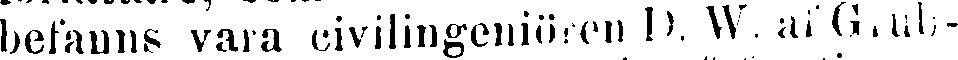
befanns vara civilingeniören D. W. af Grab-